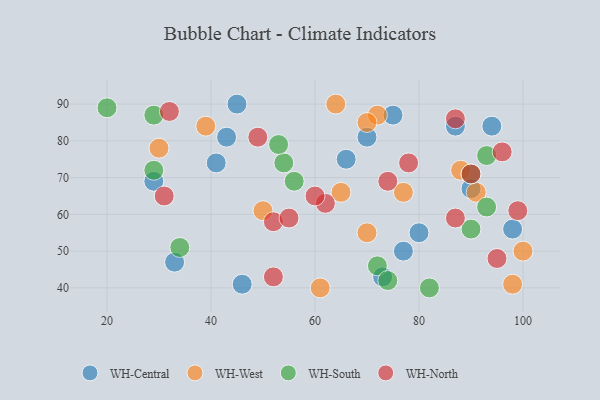
{"axis": {"x": "GDP", "y": "Life Expectancy"}, "legend": ["WH-Central", "WH-North", "WH-South", "WH-West"], "data": [{"x": "45", "y": 90, "type": "WH-Central"}, {"x": "98", "y": 56, "type": "WH-Central"}, {"x": "73", "y": 43, "type": "WH-Central"}, {"x": "66", "y": 75, "type": "WH-Central"}, {"x": "29", "y": 69, "type": "WH-Central"}, {"x": "77", "y": 50, "type": "WH-Central"}, {"x": "33", "y": 47, "type": "WH-Central"}, {"x": "43", "y": 81, "type": "WH-Central"}, {"x": "41", "y": 74, "type": "WH-Central"}, {"x": "80", "y": 55, "type": "WH-Central"}, {"x": "75", "y": 87, "type": "WH-Central"}, {"x": "87", "y": 84, "type": "WH-Central"}, {"x": "90", "y": 67, "type": "WH-Central"}, {"x": "94", "y": 84, "type": "WH-Central"}, {"x": "46", "y": 41, "type": "WH-Central"}, {"x": "70", "y": 81, "type": "WH-Central"}, {"x": "65", "y": 66, "type": "WH-West"}, {"x": "39", "y": 84, "type": "WH-West"}, {"x": "70", "y": 55, "type": "WH-West"}, {"x": "64", "y": 90, "type": "WH-West"}, {"x": "91", "y": 66, "type": "WH-West"}, {"x": "72", "y": 87, "type": "WH-West"}, {"x": "30", "y": 78, "type": "WH-West"}, {"x": "61", "y": 40, "type": "WH-West"}, {"x": "50", "y": 61, "type": "WH-West"}, {"x": "70", "y": 85, "type": "WH-West"}, {"x": "88", "y": 72, "type": "WH-West"}, {"x": "77", "y": 66, "type": "WH-West"}, {"x": "100", "y": 50, "type": "WH-West"}, {"x": "98", "y": 41, "type": "WH-West"}, {"x": "82", "y": 40, "type": "WH-South"}, {"x": "20", "y": 89, "type": "WH-South"}, {"x": "72", "y": 46, "type": "WH-South"}, {"x": "34", "y": 51, "type": "WH-South"}, {"x": "90", "y": 71, "type": "WH-South"}, {"x": "29", "y": 87, "type": "WH-South"}, {"x": "93", "y": 76, "type": "WH-South"}, {"x": "93", "y": 62, "type": "WH-South"}, {"x": "90", "y": 56, "type": "WH-South"}, {"x": "54", "y": 74, "type": "WH-South"}, {"x": "53", "y": 79, "type": "WH-South"}, {"x": "56", "y": 69, "type": "WH-South"}, {"x": "29", "y": 72, "type": "WH-South"}, {"x": "74", "y": 42, "type": "WH-South"}, {"x": "96", "y": 77, "type": "WH-North"}, {"x": "90", "y": 71, "type": "WH-North"}, {"x": "49", "y": 81, "type": "WH-North"}, {"x": "74", "y": 69, "type": "WH-North"}, {"x": "52", "y": 43, "type": "WH-North"}, {"x": "62", "y": 63, "type": "WH-North"}, {"x": "32", "y": 88, "type": "WH-North"}, {"x": "60", "y": 65, "type": "WH-North"}, {"x": "52", "y": 58, "type": "WH-North"}, {"x": "95", "y": 48, "type": "WH-North"}, {"x": "99", "y": 61, "type": "WH-North"}, {"x": "31", "y": 65, "type": "WH-North"}, {"x": "55", "y": 59, "type": "WH-North"}, {"x": "78", "y": 74, "type": "WH-North"}, {"x": "87", "y": 86, "type": "WH-North"}, {"x": "87", "y": 59, "type": "WH-North"}]}